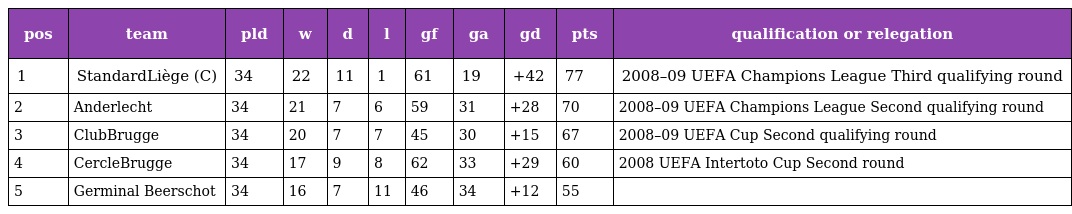
| pos | team | pld | w | d | l | gf | ga | gd | pts | qualification or relegation |
 | --- | --- | --- | --- | --- | --- | --- | --- | --- | --- | --- |
 | 1 | StandardLiège (C) | 34 | 22 | 11 | 1 | 61 | 19 | +42 | 77 | 2008–09 UEFA Champions League Third qualifying round |
 | 2 | Anderlecht | 34 | 21 | 7 | 6 | 59 | 31 | +28 | 70 | 2008–09 UEFA Champions League Second qualifying round |
 | 3 | ClubBrugge | 34 | 20 | 7 | 7 | 45 | 30 | +15 | 67 | 2008–09 UEFA Cup Second qualifying round |
 | 4 | CercleBrugge | 34 | 17 | 9 | 8 | 62 | 33 | +29 | 60 | 2008 UEFA Intertoto Cup Second round |
 | 5 | Germinal Beerschot | 34 | 16 | 7 | 11 | 46 | 34 | +12 | 55 |  |